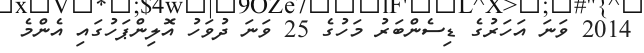
2014 ވަނަ އަހަރުގެ ޑިސެންބަރު މަހުގެ 25 ވަނަ ދުވަހު އޮލިންޕަހުގައި އެންމެ